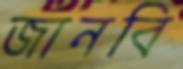
জানবি